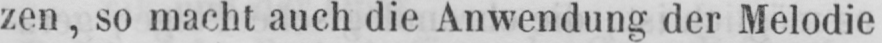
zen, so macht auch die Anwendung der Melodie